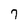
Character: 7